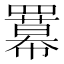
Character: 羃